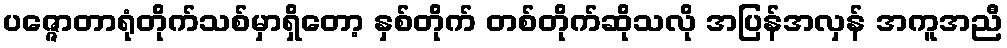
ပဇ္ဇောတာရုံတိုက်သစ်မှာရှိတော့ နှစ်တိုက် တစ်တိုက်ဆိုသလို အပြန်အလှန် အကူအညီ